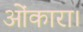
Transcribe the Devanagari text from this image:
ओंकारा।